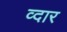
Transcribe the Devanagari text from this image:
व्दार